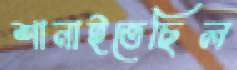
শানাইতেছিল